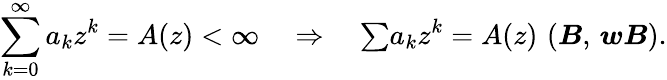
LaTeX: \sum_{k=0}^{\infty}a_{k}z^{k}=A(z)<\infty\quad\Rightarrow\quad{\textstyle\sum}a_{k}z^{k}=A(z)\, \, (\boldsymbol{B},\, \boldsymbol{wB}).